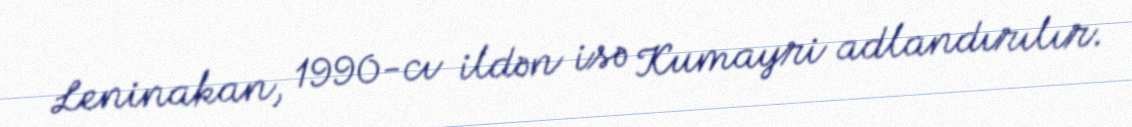
Leninakan, 1990-cı ildən isə Kumayri adlandırılır.